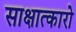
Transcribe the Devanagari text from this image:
साक्षात्कारो